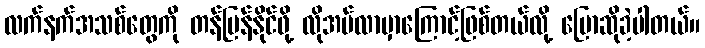
လက်နက်အသစ်တွေကို တန်ပြန်နိုင်ဖို့ လိုအပ်လာမှာကြောင့်ဖြစ်တယ်လို့ ပြောဆိုခဲ့ပါတယ်။